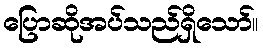
ပြောဆိုအပ်သည်ရှိသော်။